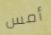
أمس